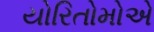
યોરિતોમોએ